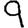
Digit: 9